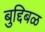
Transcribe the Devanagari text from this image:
बुद्दिबळ